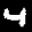
Label: 4